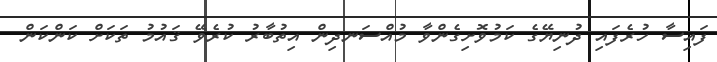
ފައިސާ ހުރެފައި ދުނިޔޭގެ ކަމުވޮށިގެންވާ މުއްސަނދިން އިތުބާރު ކުރެވޭ ޤައުމު ތަކަށް ކަންކަން